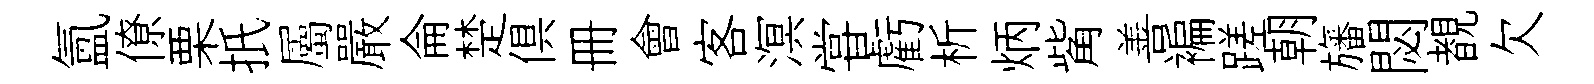
氲僚栗扺屬嚴侖楚俱册會客溟甞虧析炳觜善褊蹉朝旛閟覩欠